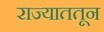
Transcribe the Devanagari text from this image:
राज्याततून